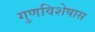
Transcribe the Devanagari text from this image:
गुणविशेषास